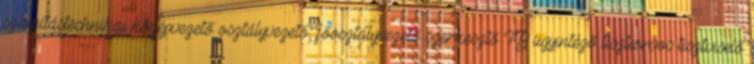
számítástechnikai középvezető osztályvezető, főosztályvezető szerkesztő TB ügyintéző tisztiorvos tisztviselő